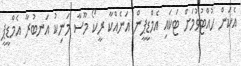
އެކަން ހުއްޓުވުމަށް ޓަކައި އެމްޑީޕީން އަނެއްކާ ރީކޯ މޫސާ މަނިކު އަނބުރާ އެމްޑީޕީ